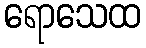
ရောသေထ